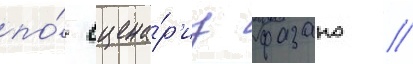
по́ сцена́р'иу фазано //